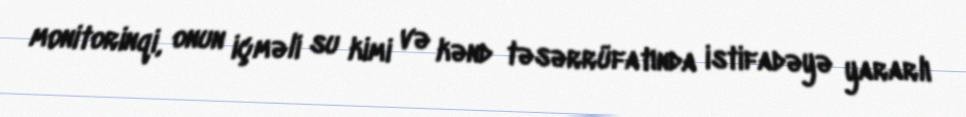
monitorinqi, onun içməli su kimi və kənd təsərrüfatında istifadəyə yararlı